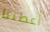
أعطتنا